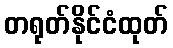
တရုတ်နိုင်ငံထုတ်